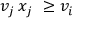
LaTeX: v _ { j } \, x _ { j } \ \geq v _ { i }